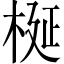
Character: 梴